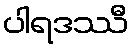
ပါရဒဿီ